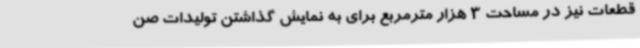
قطعات نیز در مساحت 3 هزار مترمربع برای به نمایش گذاشتن تولیدات صن